Report on horse surra - Volume I
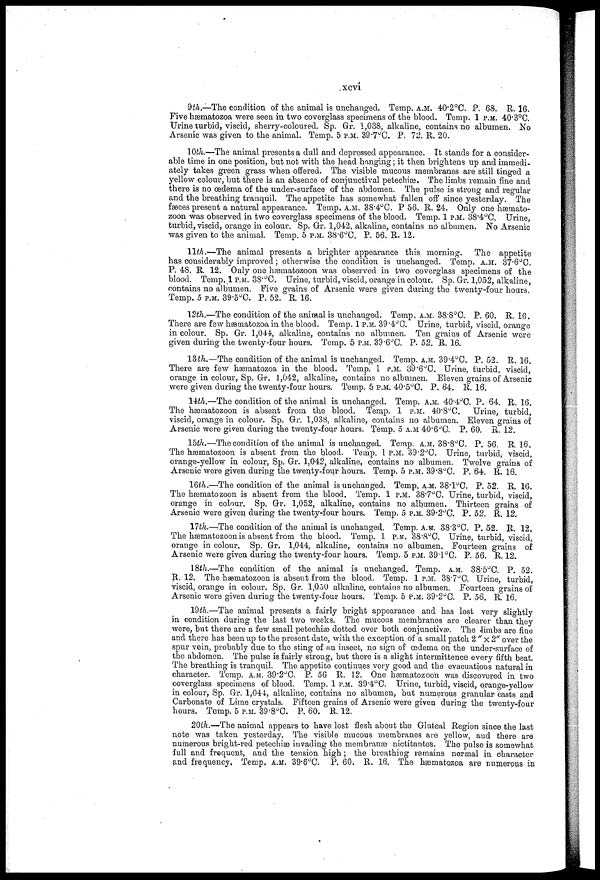
xcvi
9th.—The condition of the animal is unchanged. Temp. A.M. 40.2°C. P. 68. R. 16.
Five hæmatozoa were seen in two coverglass specimens of the blood. Temp. 1 P.M. 40.3°C.
Urine turbid, viscid, sherry-coloured. Sp. Gr. 1,038, alkaline, contains no albumen. No
Arsenic was given to the animal. Temp. 5 P.M. 39.7°C. P. 72. R. 20.
10th.—The animal presents a dull and depressed appearance. It stands for a consider-
able time in one position, but not with the head hanging; it then brightens up and immedi-
ately takes green grass when offered. The visible mucous membranes are still tinged a
yellow colour, but there is an absence of conjunctival petechias. The limbs remain fine and
there is no œdema of the under-surface of the abdomen. The pulse is strong and regular
and the breathing tranquil. The appetite has somewhat fallen off since yesterday. The
faeces present a natural appearance. Temp. A.M. 38 . 4°C. P 56. R. 24. Only one hæmato-
zoon was observed in two coverglass specimens of the blood. Temp. 1 P.M. 38.4°C. Urine,
turbid, viscid, orange in colour. Sp. Gr. 1,042, alkaline, contains no albumen. No Arsenic
was given to the animal. Temp. 5 P.M. 38.6°C. P. 56. R. 12.
11th.—The animal presents a brighter appearance this morning. The appetite
has considerably improved ; otherwise the condition is unchanged. Temp. A.M. 37.6°C.
P. 48. R. 12. Only one hæmatozoon was observed in two coverglass specimens of the
blood. Temp. 1 P.M. 38.°C. Urine, turbid, viscid, orange in colour. Sp. Gr. 1,052, alkaline,
contains no albumen. Five grains of Arsenic were given during the twenty-four hours.
Temp. 5 P.M. 39.5°C. P. 52. R. 16.
12th.—The condition of the animal is unchanged. Temp, A.M. 38.8°C. P. 60. R. 16.
There are few hæmatozoa in the blood. Temp. 1 P.M. 39.4°C. Urine, turbid, viscid, orange
in colour. Sp. Gr. 1,044, alkaline, contains no albumen. Ten grains of Arsenic were
given during the twenty-four hours. Temp. 5 P.M. 39.6°C. P. 52. R. 16.
I3th.—The condition of the animal is unchanged. Temp. A.M. 39.4°C. P. 52. R. 16.
There are few hæmatozoa in the blood. Temp. 1 P.M. 89.6°C. Urine, turbid, viscid,
orange in colour, Sp. Gr, 1,042, alkaline, contains no albumen. Eleven grains of Arsenic
were given during the twenty-four hours. Temp. 5 P.M. 40.5°C. P. 64. R. 16.
14th.—The condition of the animal is unchanged, Temp. A.M. 40.4°C. P. 64. R. 16.
The hæmatozoon is absent from the blood. Temp. 1 P.M. 40.8°C, Urine, turbid,
viscid, orange in colour. Sp. Gr, 1,038, alkaline, contains no albumen. Eleven grains of
Arsenic were given during the twenty-four hours. Temp. 5 A.M 40.6°C. P, 60. 5,. 12.
15th.—The condition of the animal is unchanged. Temp. A.M. 38.7°C. P. 56. R. 16.
The hæmatozoon is absent from the blood. Temp. 1 P.M. 39.2°C. Urine, turbid, viscid,
orange-yellow in colour, Sp. Gr. 1,042, alkaline, contains no albumen. Twelve grains of
Arsenic were given during the twenty-four hours. Temp. 5 P.M. 39.8°C. P. 64. R. 16.
16th.—The condition of the animal is unchanged. Temp. A.M. 38 . l°C. P. 52. R. 16.
The hæmatozoon is absent from the blood. Temp. 1 P.M. 38.7°C. Urine, turbid, viscid,
orange in colour. Sp. Gr. 1,052, alkaline, contains no albumen. Thirteen grains of
Arseuic were given during the twenty-four hours. Temp. 5 P.M. 39.2°C. P. 52. R. 12.
V7th.—rThe condition of the animal is unchanged. Temp. A.M. 38.3°C. P. 52. R. 12,
The hæmatozoon is absent from the blood. Temp, 1 P.M. 38.8°C. Urine, turbid, viscid,
orange in colour. Sp. Gr. 1,044, alkaline, contains no albumen. Fourteen grains of
Arsenic were given during the twenty-four hours. Temp. 5 P.M. 391°C. P. 56. R. 12.
18.th.-—The condition of the animal is unchanged. Temp. A.M. 38.5°C. P. 52.
R. 12. The hæmatozoon is absent from the blood. Temp. 1 P.M. 3S.7°C. Urine, turbid,
viscid, orange in colour. Sp. Gr. 1,050 alkaline, contains no albumen. Fourteen grains of
Arsenic were given during the twenty-four hours. Temp. 5 P.M. 39.2°C. P. 56. R. 16.
19th.—The animal presents a fairly bright appearance and has lost very slightly
in condition during the last two weeks. The mucous membranes are clearer than they
were, but there are a few small petechias dotted over both conjunctiva?. The limbs are fine
and there has been up to the present date, with the exception of a small patch 2 " × 2" over the
spur vein, probably due to the sting of an insect, no sign of œdema on the under-surface of
the abdomen. The pulse is fairly strong, but there is a slight intermittence every fifth beat.
The breathing is tranquil. The appetite continues very good and the evacuations natural in
character. Temp. A.M. 39.2°C. P. 5G R. 12. One hæmatozoon was discovered in two
coverglass specimens of blood. Temp. 1 P.M. 39.4°C. Urine, turbid, viscid, orange-yellow
in colour, Sp. Gr. 1,044, alkaline, contains no albumen, but numerous granular casts and
Carbonate of Lime crystals. Fifteen grains of Arsenic were given during the twenty-four
hours. Temp. 5 P.M. 39.8°C. P. 60. R. 12.
20th.—The animal appears to have lost flesh about the Gluteal Region since the last
note was taken yesterday. The visible mucous membranes are yellow, and there are
numerous bright-red petechias invading the membranas nictitantes. The pulse is somewhat
full and frequent, and the tension high; the breathing remains normal in character
and frequency. Temp, A.M. 39.6°C. P. 60. R. 16. The hæmatozoa are numerous in